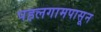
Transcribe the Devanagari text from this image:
पहलगामपासून